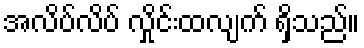
အလိပ်လိပ် လှိုင်းထလျက် ရှိသည်။